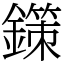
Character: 鏼